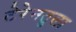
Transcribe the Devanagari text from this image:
टेरेनतुला